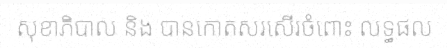
សុខាភិបាល និង បានកោតសរសើរចំពោះ លទ្ធផល